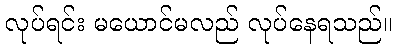
လုပ်ရင်း မယောင်မလည် လုပ်နေရသည်။